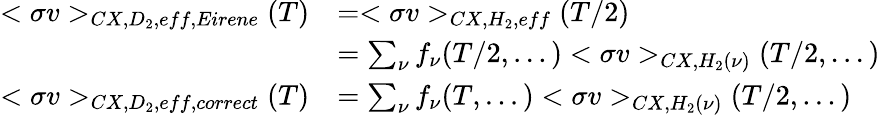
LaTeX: \begin{array}{rl}{<\sigma v>_{CX,D_{2},eff,Eirene}(T)}&{=<\sigma v>_{CX,H_{2},eff}(T/2)}\\ &{=\sum_{\nu}f_{\nu}(T/2,...)<\sigma v>_{CX,H_{2}(\nu)}(T/2,...)}\\ {<\sigma v>_{CX,D_{2},eff,correct}(T)}&{=\sum_{\nu}f_{\nu}(T,...)<\sigma v>_{CX,H_{2}(\nu)}(T/2,...)}\end{array}